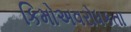
કિમોઅવરોધકતા